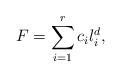
LaTeX: \begin{align*} F = \sum_{i = 1}^r c_i l_i^d,\end{align*}